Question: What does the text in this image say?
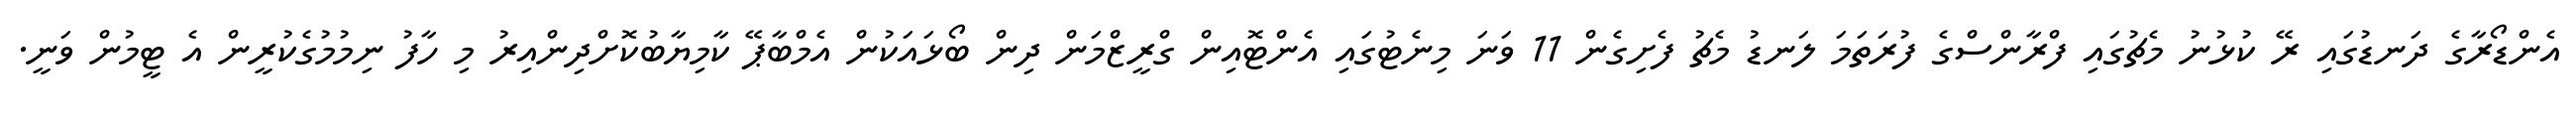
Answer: އެންޑޯރާގެ ދަނޑުގައި ރޭ ކުޅުނު މެޗުގައި ފްރާންސްގެ ފުރަތަމަ ލަނޑު މެޗު ފެށިގެން 11 ވަނަ މިނެޓުގައި އެންޓޮއިން ގްރީޒްމަން ދިން ބޯޅައަކުން އެމްބާޕޭ ކާމިޔާބުކޮށްދިންއިރު މި ހާފު ނިމުމުގެކުރީން އެ ޓީމުން ވަނީ.